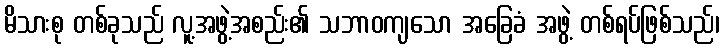
မိသားစု တစ်ခုသည် လူ့အဖွဲ့အစည်း၏ သဘာဝကျသော အခြေခံ အဖွဲ့ တစ်ရပ်ဖြစ်သည်၊